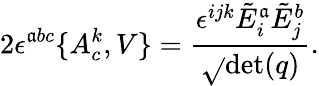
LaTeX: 2\epsilon^{\mathfrak{a}bc}\{ A_{c}^{k},V\} ={\frac{{\epsilon^{ijk}{\tilde{{E}}}_{i}^{\mathfrak{a}}{\tilde{{E}}}_{j}^{b}}}{{\sqrt{}{{\operatorname*{det}(q)}}}}}.